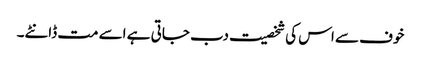
خوف سے اس کی شخصیت دب جاتی ہے اسے مت ڈانٹے۔